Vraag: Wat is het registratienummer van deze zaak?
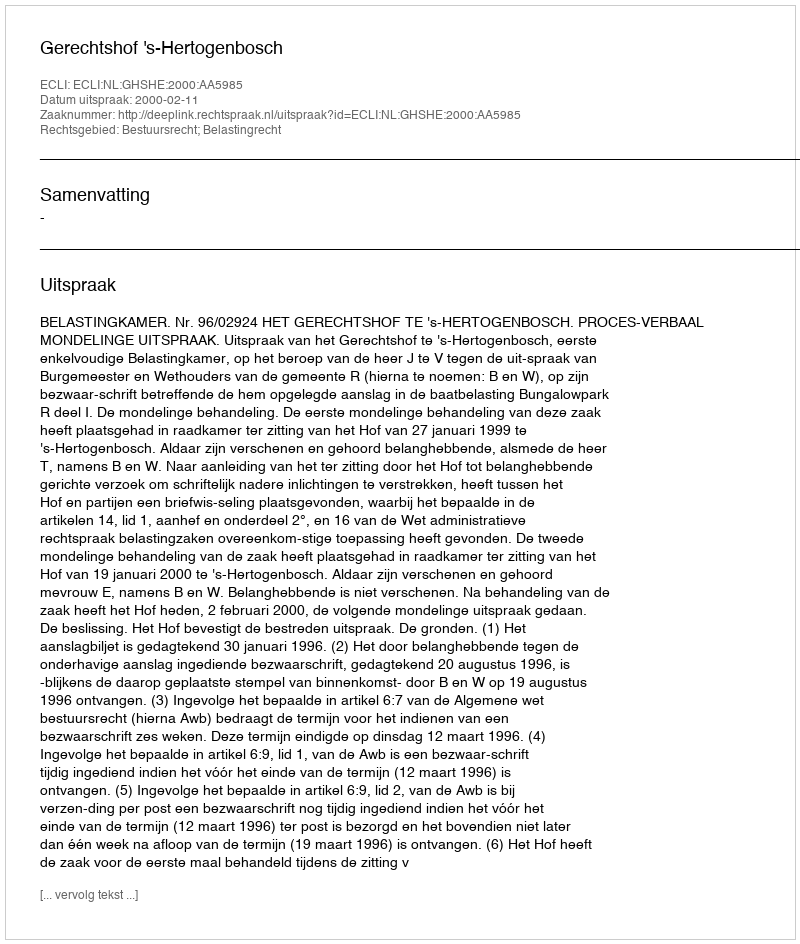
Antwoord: http://deeplink.rechtspraak.nl/uitspraak?id=ECLI:NL:GHSHE:2000:AA5985